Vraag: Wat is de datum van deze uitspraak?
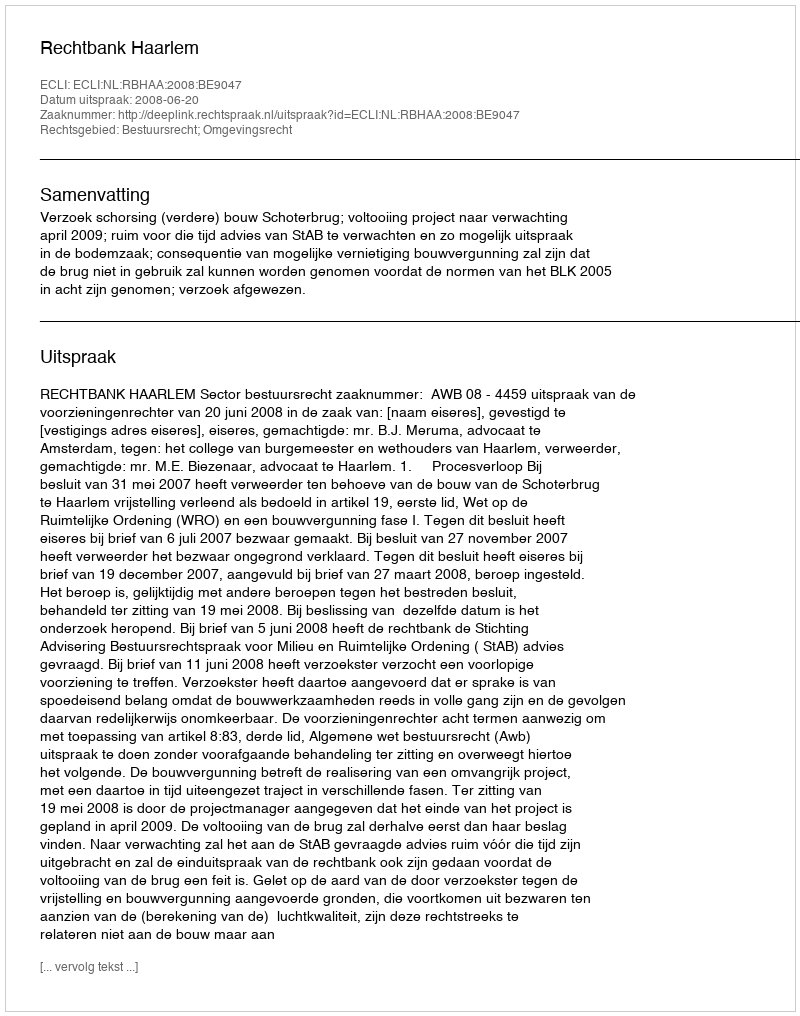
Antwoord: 2008-06-20